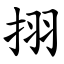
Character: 挧